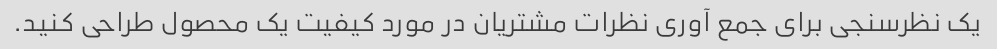
یک نظرسنجی برای جمع آوری نظرات مشتریان در مورد کیفیت یک محصول طراحی کنید.